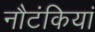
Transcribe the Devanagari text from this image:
नौटंकियां